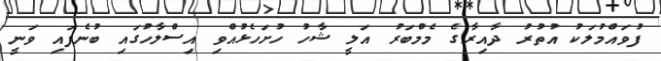
ފުވައްމުލަކު އުތުރު ދާއިރާގެ މެމްބަރު އަލީ ޝާހު ހުށަހެޅުއްވި އިސްލާހުގައި ބުނެފައި ވަނީ